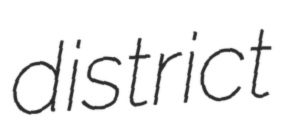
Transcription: district